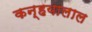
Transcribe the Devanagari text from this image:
कन्हयालाल